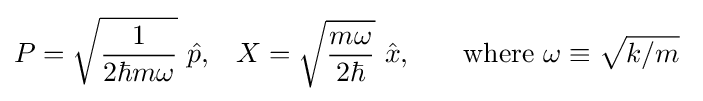
{P}={\sqrt {\frac {1}{2\hbar m\omega }}}\ {\hat {p}}{\text{,}}\quad {X}={\sqrt {\frac {m\omega }{2\hbar }}}\ {\hat {x}}{\text{,}}\quad \quad {\text{where }}\omega \equiv {\sqrt {k/m}}~